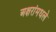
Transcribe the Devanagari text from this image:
अक्षरांमधले